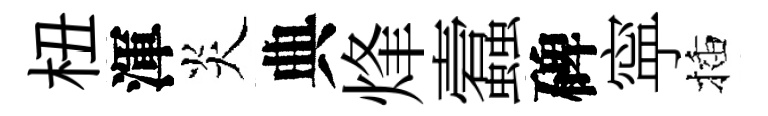
杻渾炎典烽蠧碑寜插